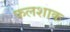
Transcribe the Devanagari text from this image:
फलशाक